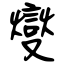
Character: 燮